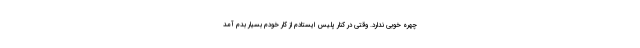
چهره خوبی ندارد. وقتی در کنار پلیس ایستادم از کار خودم بسیار بدم آمد